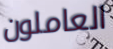
العاملون